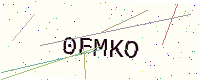
Text: 0FMKO